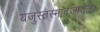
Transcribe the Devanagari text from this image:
यजुस्तस्मादजायत॥